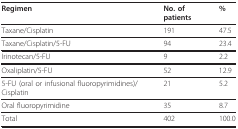
<table><thead><tr><td><b>Regimen</b></td><td><b>No. of patients</b></td><td><b>%</b></td></tr></thead><tbody><tr><td>Taxane/Cisplatin</td><td>191</td><td>47.5</td></tr><tr><td>Taxane/Cisplatin/5-FU</td><td>94</td><td>23.4</td></tr><tr><td>Irinotecan/5-FU</td><td>9</td><td>2.2</td></tr><tr><td>Oxaliplatin/5-FU</td><td>52</td><td>12.9</td></tr><tr><td>5-FU (oral or infusional fluoropyrimidines)/Cisplatin</td><td>21</td><td>5.2</td></tr><tr><td>Oral fluoropyrimidine</td><td>35</td><td>8.7</td></tr><tr><td>Total</td><td>402</td><td>100.0</td></tr></tbody></table>